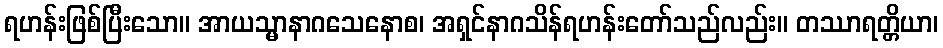
ရဟန်းဖြစ်ပြီးသော။ အာယသ္မာနာဂသေနောစ၊ အရှင်နာဂသိန်ရဟန်းတော်သည်လည်း။ တဿာရတ္တိယာ၊